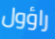
راؤول